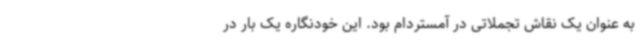
به عنوان یک نقاش تجملاتی در آمستردام بود. این خودنگاره یک‌ بار در